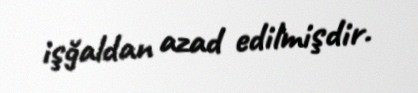
işğaldan azad edilmişdir.